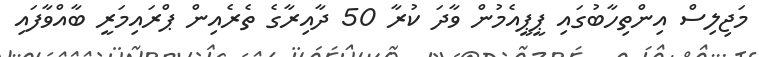
މަޖިލިސް އިންތިހާބުގައި ޕީޕީއެމުން ވާދަ ކުރާ 50 ދާއިރާގެ ތެރެއިން ޕްރައިމަރީ ބާއްވާފައި